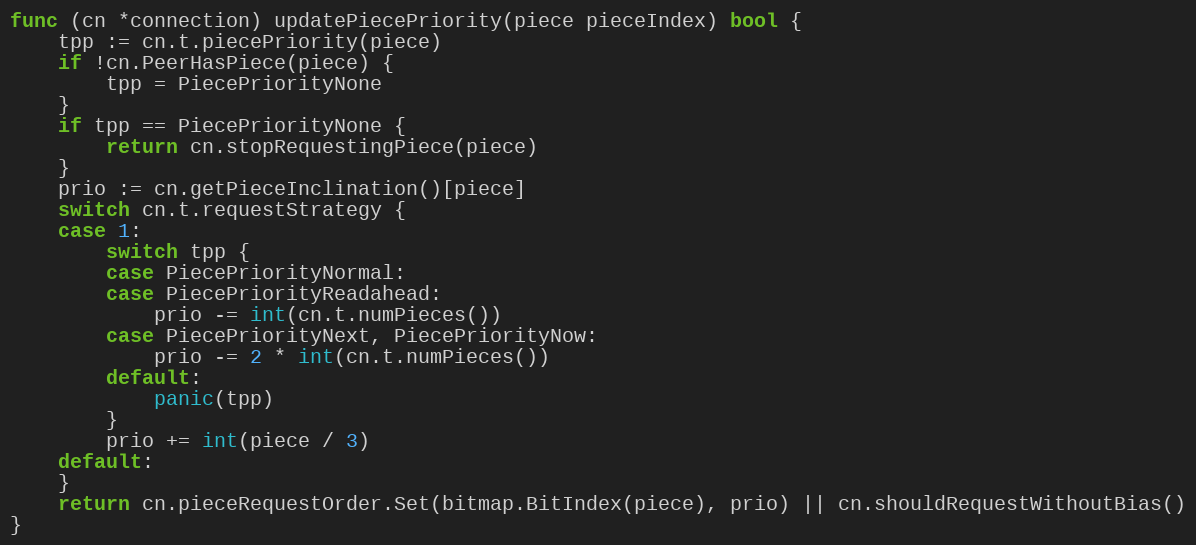
Language: Go
func (cn *connection) updatePiecePriority(piece pieceIndex) bool {
	tpp := cn.t.piecePriority(piece)
	if !cn.PeerHasPiece(piece) {
		tpp = PiecePriorityNone
	}
	if tpp == PiecePriorityNone {
		return cn.stopRequestingPiece(piece)
	}
	prio := cn.getPieceInclination()[piece]
	switch cn.t.requestStrategy {
	case 1:
		switch tpp {
		case PiecePriorityNormal:
		case PiecePriorityReadahead:
			prio -= int(cn.t.numPieces())
		case PiecePriorityNext, PiecePriorityNow:
			prio -= 2 * int(cn.t.numPieces())
		default:
			panic(tpp)
		}
		prio += int(piece / 3)
	default:
	}
	return cn.pieceRequestOrder.Set(bitmap.BitIndex(piece), prio) || cn.shouldRequestWithoutBias()
}